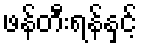
ဖန်တီးရန်နှင့်